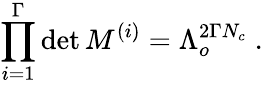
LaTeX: \prod_{i=1}^{\Gamma}\operatorname*{det}M^{(i)}=\Lambda_{o}^{2\Gamma N_{c}}\; .